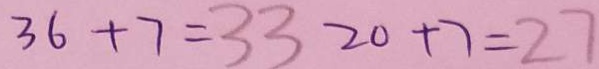
3 6 + 7 = 3 3 2 0 + 7 = 2 7